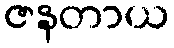
ဇနတာယ